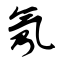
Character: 氖